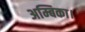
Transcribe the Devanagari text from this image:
अम्बिका।